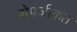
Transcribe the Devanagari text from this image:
सेपंजीकृत